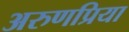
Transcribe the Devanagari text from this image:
अरुणप्रिया